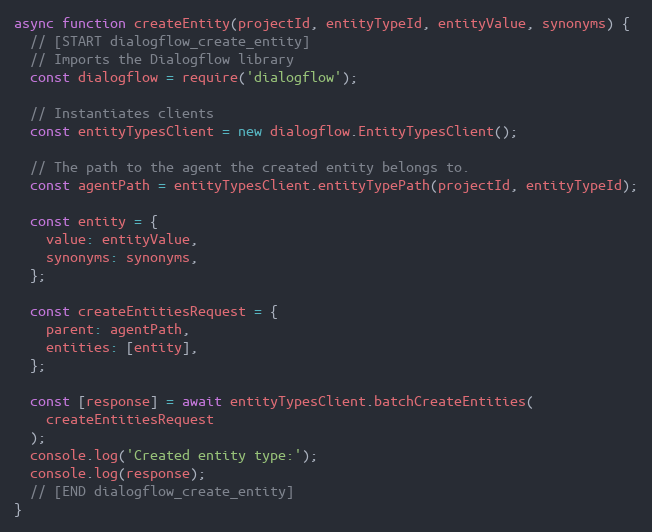
Language: JavaScript
async function createEntity(projectId, entityTypeId, entityValue, synonyms) {
  // [START dialogflow_create_entity]
  // Imports the Dialogflow library
  const dialogflow = require('dialogflow');

  // Instantiates clients
  const entityTypesClient = new dialogflow.EntityTypesClient();

  // The path to the agent the created entity belongs to.
  const agentPath = entityTypesClient.entityTypePath(projectId, entityTypeId);

  const entity = {
    value: entityValue,
    synonyms: synonyms,
  };

  const createEntitiesRequest = {
    parent: agentPath,
    entities: [entity],
  };

  const [response] = await entityTypesClient.batchCreateEntities(
    createEntitiesRequest
  );
  console.log('Created entity type:');
  console.log(response);
  // [END dialogflow_create_entity]
}